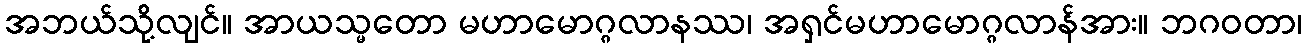
အဘယ်သို့လျင်။ အာယသ္မတော မဟာမောဂ္ဂလာနဿ၊ အရှင်မဟာမောဂ္ဂလာန်အား။ ဘဂဝတာ၊